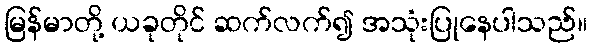
မြန်မာတို့ ယခုတိုင် ဆက်လက်၍ အသုံးပြုနေပါသည်။